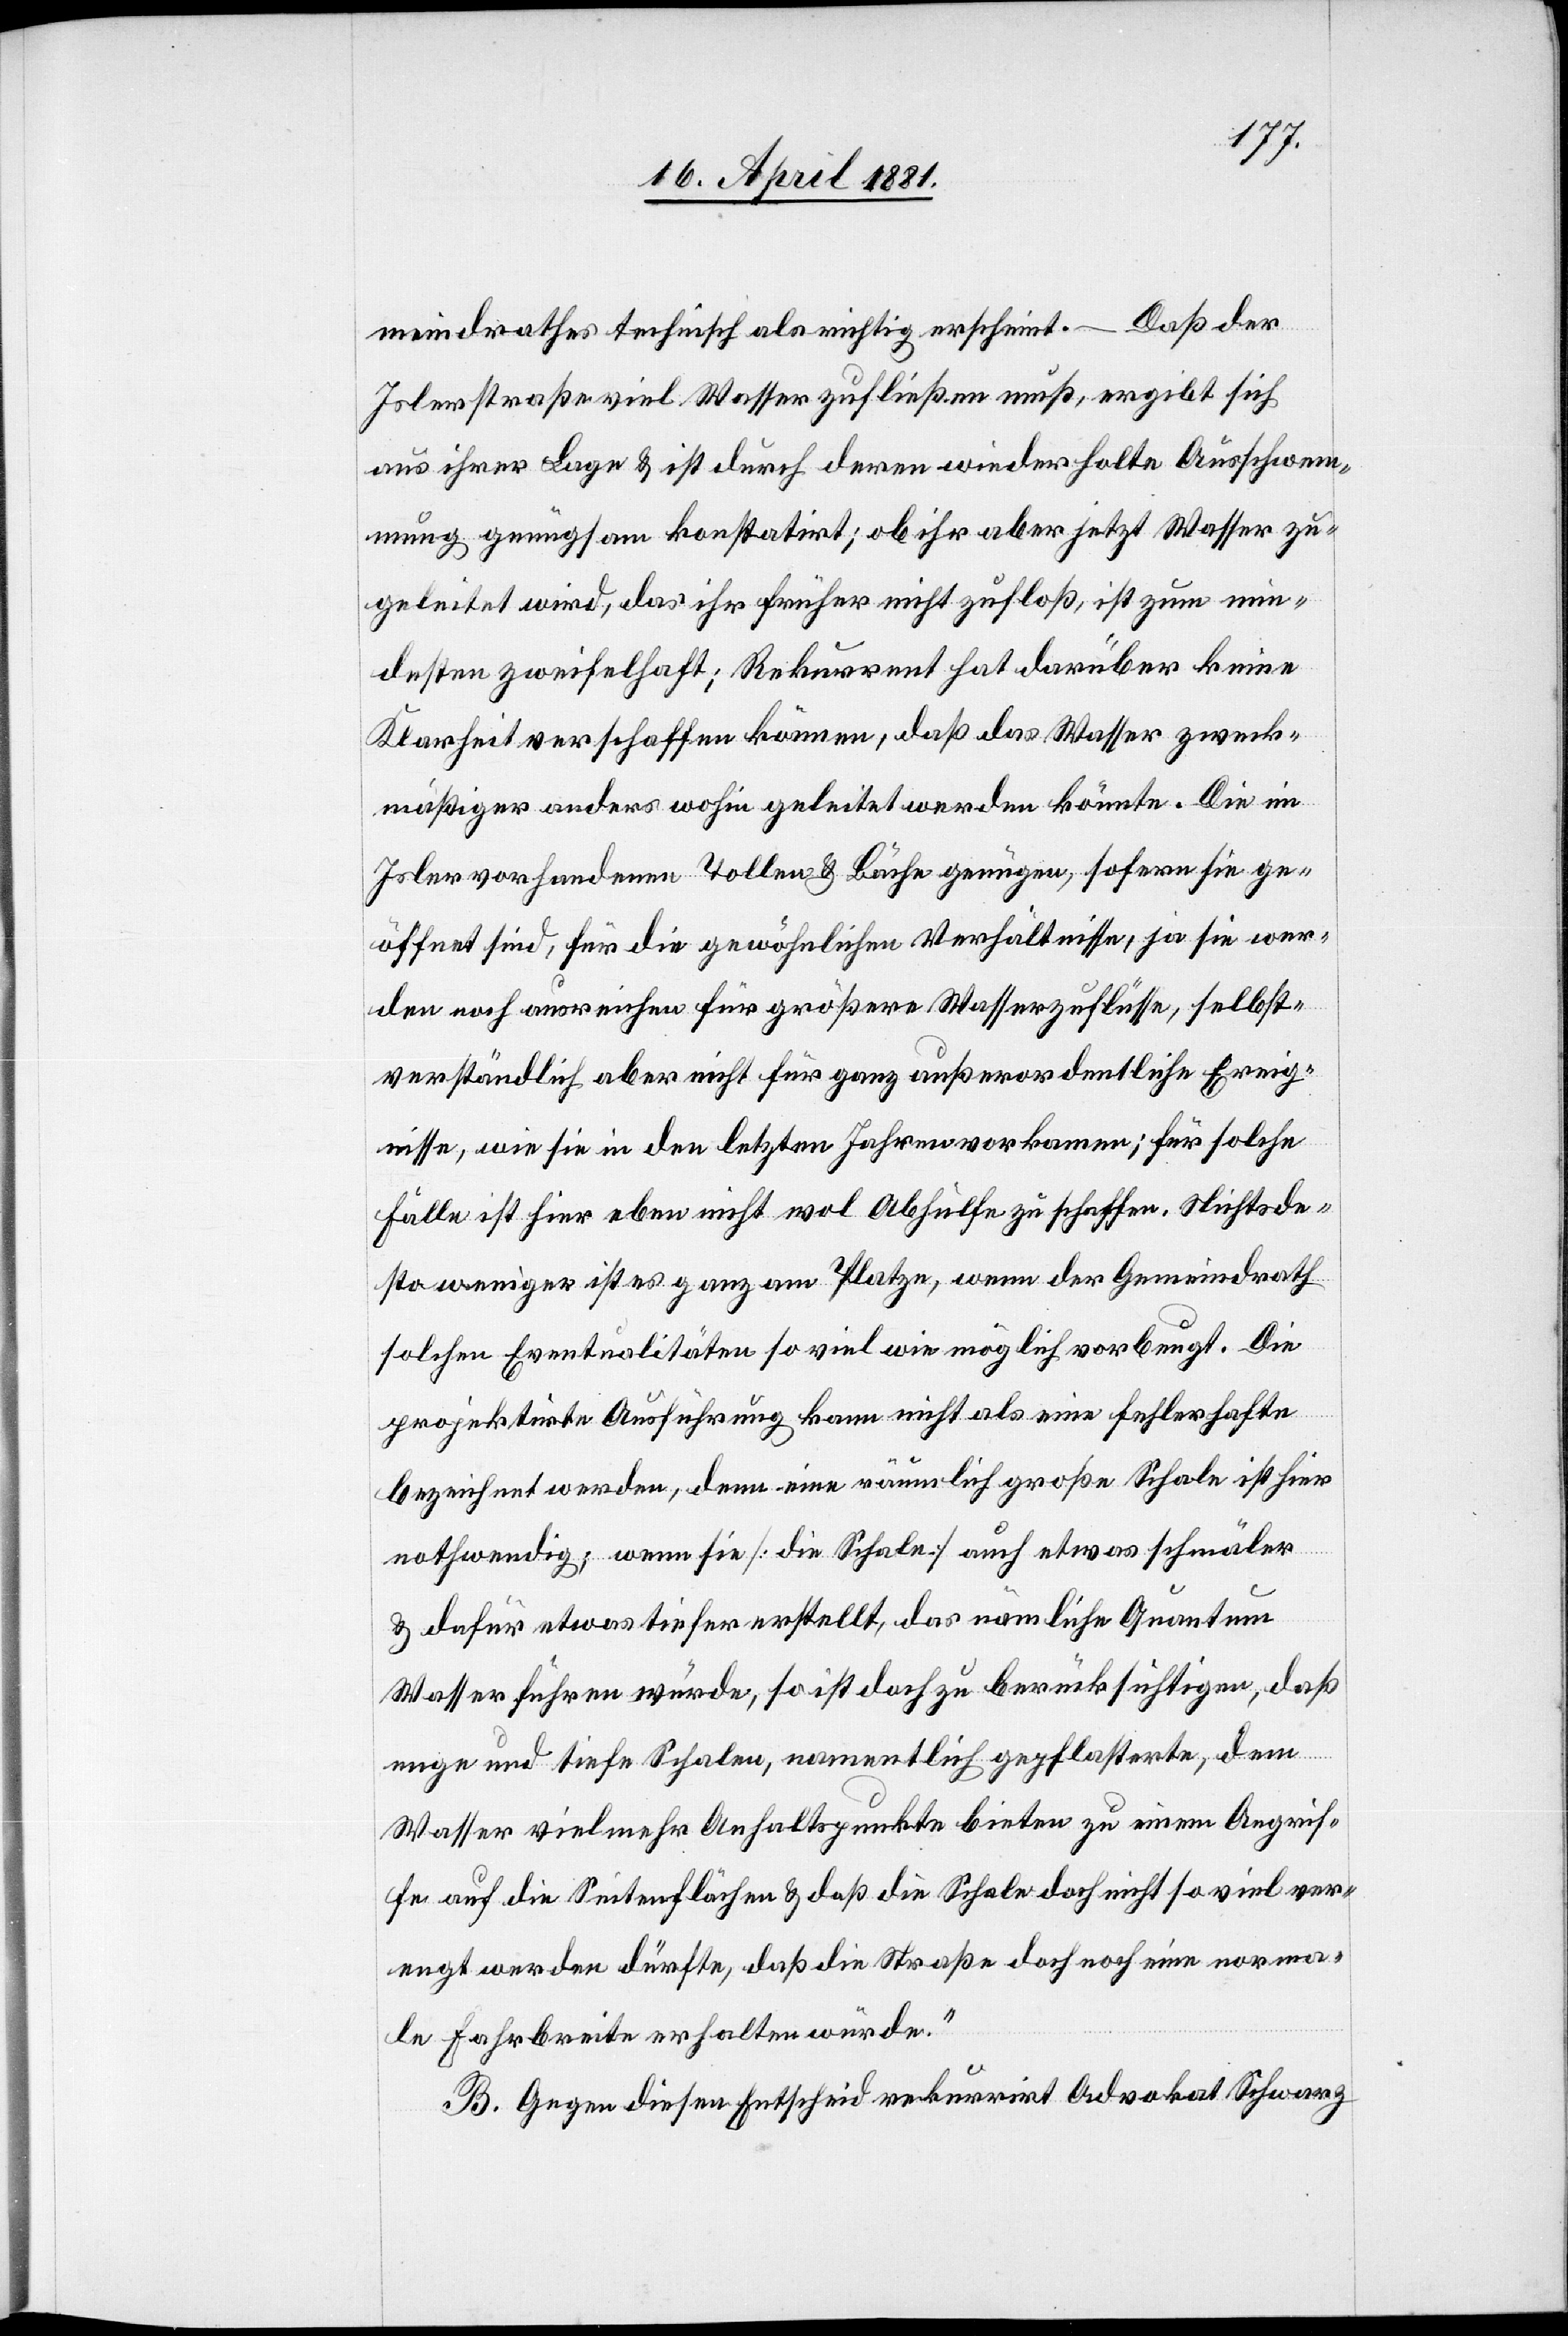
meindrathes technisch als richtig erscheint. – Dass der
Islerstraße viel Wasser zufließen muß, ergibt sich
aus ihrer Lage & ist durch deren wiederholte Ausschwem¬
mung genügsam konstatirt; ob ihr aber jetzt Wasser zu¬
geleitet wird, das ihr früher nicht zufloß, ist zum min¬
desten zweifelhaft; Rekurrent hat darüber keine
Klarheit verschaffen können, daß das Wasser zweck¬
mäßiger anders wohin geleitet werden könnte. Die im
Isler vorhandenen Tollen & Bäche genügen, sofern sie ge¬
öffnet sind, für die gewöhnlichen Verhältnisse, ja sie wer¬
den noch ausreichen für größere Wasserzuflüsse, selbst¬
verständlich aber nicht für ganz außerordentliche Ereig¬
nisse, wie sie in den letzten Jahren vorkamen; für solche
Fälle ist hier eben nicht mal Abhülfe zu schaffen. Nichtsde¬
stoweniger ist es ganz am Platze, wenn der Gemeindrath
solchen Eventualitäten so viel wie möglich vorbeugt. Die
projektirte Ausführung kann nicht als eine fehlerhafte
bezeichnet werden, denn eine räumlich große Schale ist hier
nothwendig; wenn sie [die Schale] auch etwas schmäler
& dafür etwas tiefer erstellt, das nämliche Quantum
Wasser führen würde, so ist doch zu berücksichtigen, daß
enge und tiefe Schalen, namentlich gepflasterte, dem
Wasser vielmehr Anhaltspunkte bieten zu einem Angrif¬
fe auf die Seitenfläche & daß die Schale doch nicht so viel ver¬
engt werden dürfe, daß die Straße doch noch eine norma¬
le Fahrbreite erhalten würde.“
B. Gegen diesen Entscheid rekurrirt Advokat Schwarz